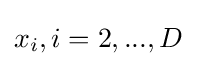
x_{i},i=2,...,D